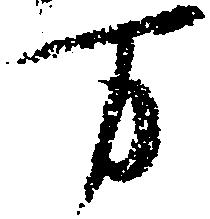
万